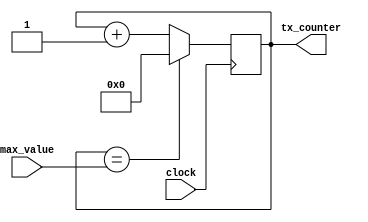
`timescale 1ns / 1ps
//////////////////////////////////////////////////////////////////////////////////
// Company: 
// Engineer: 
// 
// Design Name: 
// Module Name: Tx_Upcount
// Project Name: 
// Target Devices: 
// Tool Versions: 
// Description: 
// 
// Dependencies: 
// 
// Revision:
// Revision 0.01 - File Created
// Additional Comments:
// 
//////////////////////////////////////////////////////////////////////////////////


module Tx_Upcount(
    input clock,
    input [31:0] max_value,
    output reg [31:0] tx_counter = 0
    );
    
always @ (posedge clock)
    begin
      tx_counter <= (tx_counter == max_value) ? 0 : tx_counter + 1;
    end
endmodule